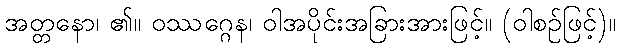
အတ္တနော၊ ၏။ ဝဿဂ္ဂေန၊ ဝါအပိုင်းအခြားအားဖြင့်။ (ဝါစဉ်ဖြင့်)။